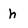
Character: h